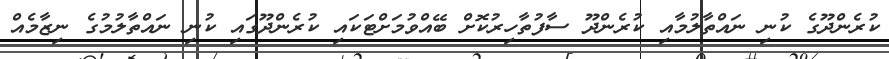
ކުރެންދޫގެ ކުނި ނައްތާލުމާއި ކުރެންދޫ ސާފުތާހިރުކޮށް ބޭއްވުމަށްޓަކައި ކުރެންދޫގައި ކުނި ނައްތާލުމުގެ ނިޒާމެއް